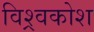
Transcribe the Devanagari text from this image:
विश्र्वकोश